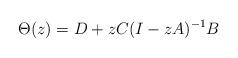
LaTeX: \begin{align*} \Theta(z) = D + z C (I - zA)^{-1} B\end{align*}